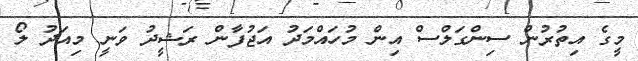
މީގެ އިތުރުން ސިންގަލްސް އިން މުހައްމަދު އަޖުފާން ރަޝީދު ވަނީ މިއަދު ލޯ